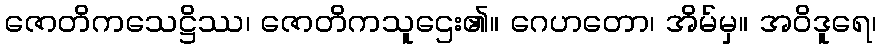
ဇောတိကသေဋ္ဌိဿ၊ ဇောတိကသူဌေး၏။ ဂေဟတော၊ အိမ်မှ။ အဝိဒူရေ၊